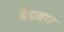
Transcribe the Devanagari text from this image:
बेदनार